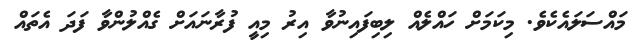
މައްސަލައެކެވެ. މިކަމަށް ހައްލެއް ލިބިފައިނުވާ އިރު މިއީ ފުރާނައަށް ގެއްލުންވާ ފަދަ އެތައް